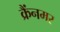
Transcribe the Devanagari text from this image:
क्रैंनमर